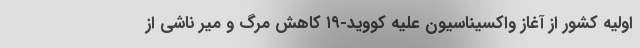
اولیه کشور از آغاز واکسیناسیون علیه کووید-۱۹ کاهش مرگ و میر ناشی از